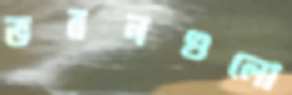
ভবনগুলো